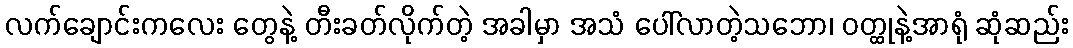
လက်ချောင်းကလေး တွေနဲ့ တီးခတ်လိုက်တဲ့ အခါမှာ အသံ ပေါ်လာတဲ့သဘော၊ ဝတ္ထုနဲ့အာရုံ ဆုံဆည်း